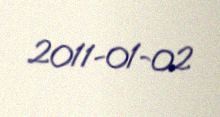
2011-01-02